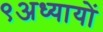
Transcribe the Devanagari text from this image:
९अध्यायों